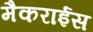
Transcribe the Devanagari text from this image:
मैकराईस